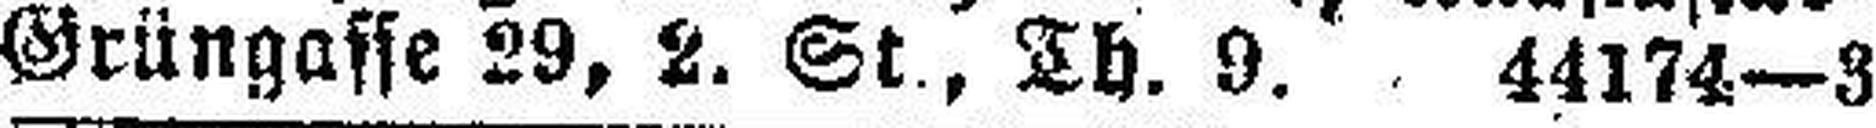
Grüngasse 29, 2. St., Th. 9. 44174—3